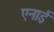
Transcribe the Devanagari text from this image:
एनाई